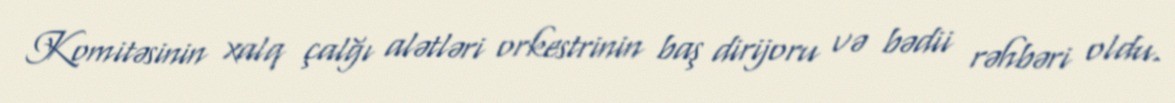
Komitəsinin xalq çalğı alətləri orkestrinin baş dirijoru və bədii rəhbəri oldu.